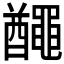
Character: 𪓰